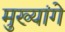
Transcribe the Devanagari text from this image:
मुख्यांगे